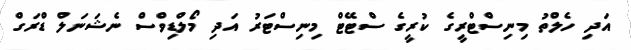
އަދި ހެލްތު މިނިސްޓްރީގެ ކުރީގެ ސްޓޭޓް މިނިސްޓަރު އަދި މޯލްޑިވްސް ނެޝަނަލް ޑްރަގް